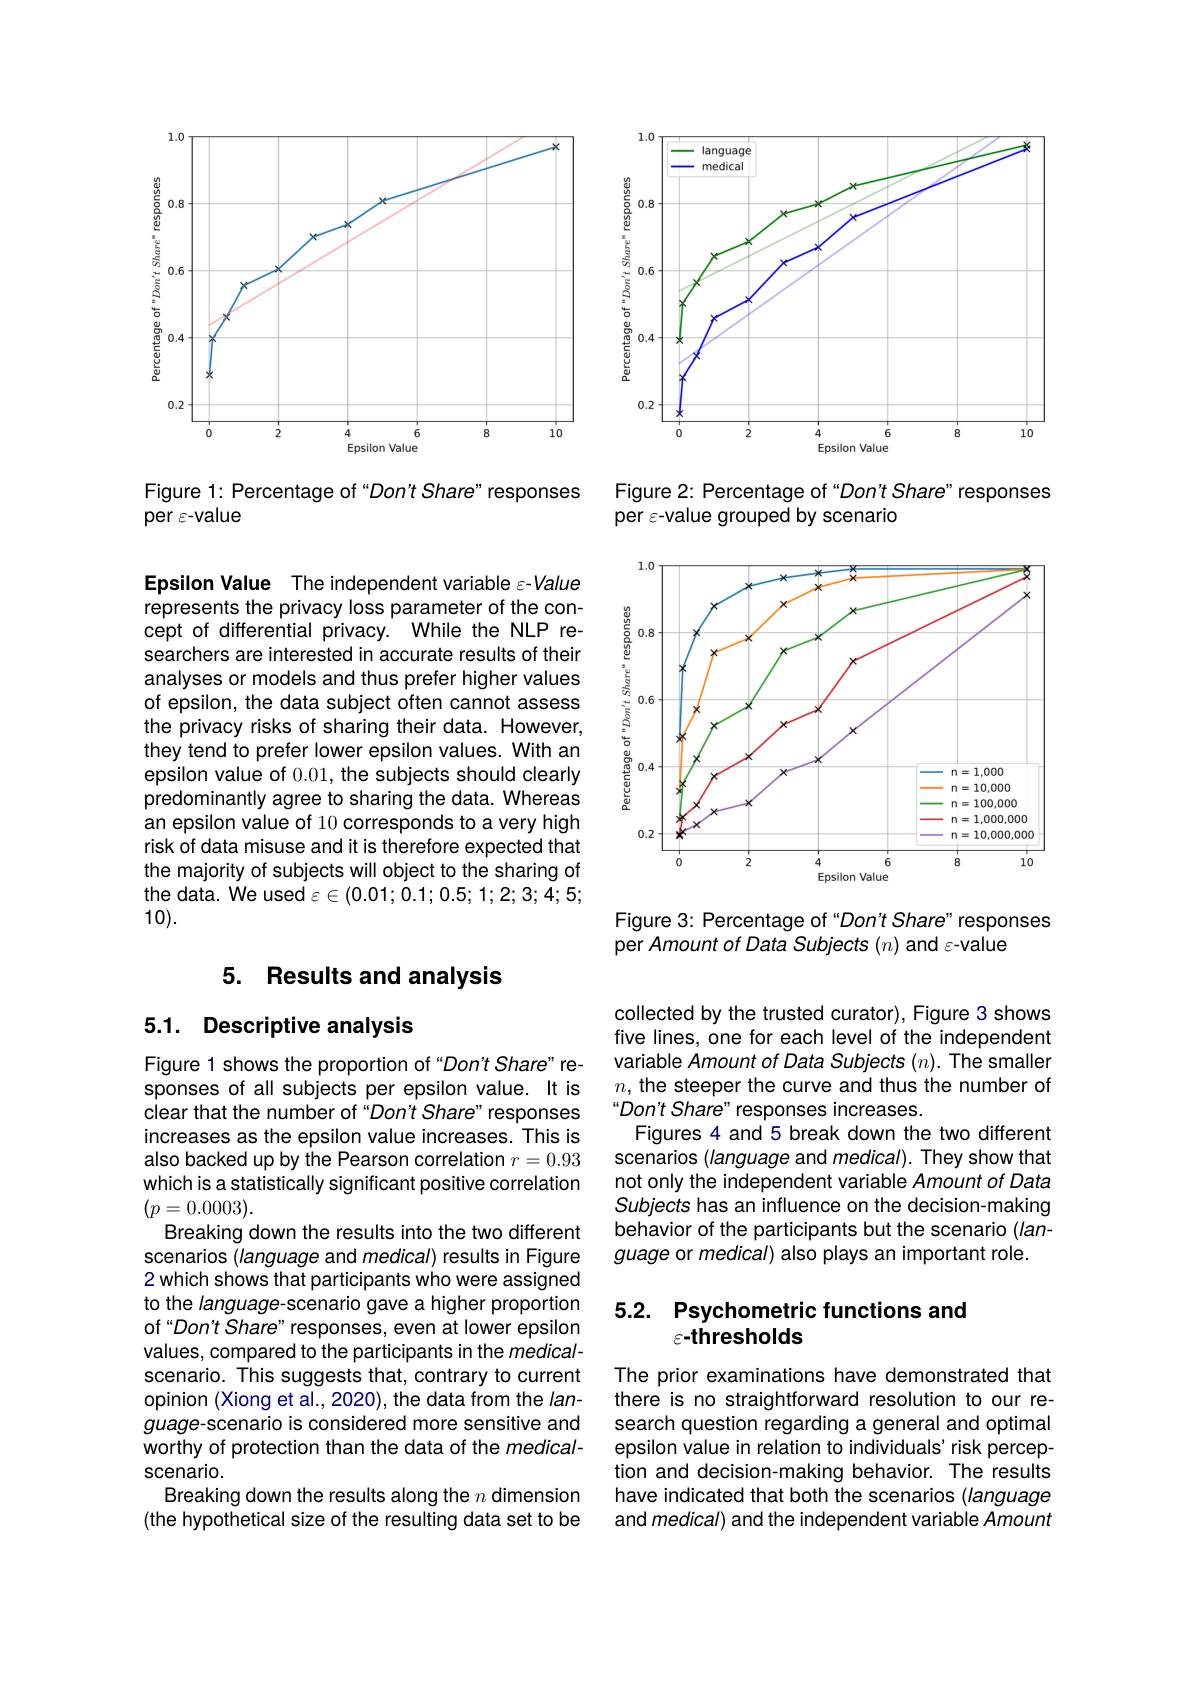
<FigureHere>

Figure 1: Percentage of "Don't Share" responses
per $\varepsilon$-value

Epsilon Value The independent variable ε-Value represents the privacy loss parameter of the concept of differential privacy. While the NLP researchers are interested in accurate results of their analyses or models and thus prefer higher values of epsilon, the data subject often cannot assess the privacy risks of sharing their data. However, they tend to prefer lower epsilon values. With an epsilon value of 0.01, the subjects should clearly predominantly agree to sharing the data. Whereas an epsilon value of 10 corresponds to a very high risk of data misuse and it is therefore expected that the majority of subjects will object to the sharing of the data. We used $\varepsilon\in(0.01;0.1;0.5;1;2;3;4;5;$ 10).

## 5. Results and analysis

## 5.1. Descriptive analysis

Figure 1 shows the proportion of “Don't Share" responses of all subjects per epsilon value. It is clear that the number of "Don't Share" responses increases as the epsilon value increases. This is also backed up by the Pearson correlation $r=0.93$ which is a statistically significant positive correlation $(p=0.0003).$
Breaking down the results into the two different scenarios (language and medical) results in Figure 2 which shows that participants who were assigned to the language-scenario gave a higher proportion of“Don't Share” responses, even at lower epsilon values, compared to the participants in the medicalscenario. This suggests that, contrary to current opinion (Xiong et al., 2020), the data from the language-scenario is considered more sensitive and worthy of protection than the data of the medicalscenario.
Breaking down the results along the $n$ dimension (the hypothetical size of the resulting data set to be

<FigureHere>

Figure 2: Percentage of "Don't Share" responses
per $\varepsilon$-value grouped by scenario

<FigureHere>

Figure 3: Percentage of "Don't Share" responses
per Amount of Data Subjects (n) and ε-value

collected by the trusted curator), Figure 3 shows five lines, one for each level of the independent variable Amount of Data Subjects $(n).$ The smaller $n$, the steeper the curve and thus the number of “Don't Share" responses increases.
Figures 4 and 5 break down the two different scenarios (language and medical). They show that not only the independent variable Amount of Data Subjects has an influence on the decision-making behavior of the participants but the scenario (language or medical) also plays an important role.

## 5.2. Psychometric functions and $\varepsilon{-thresholds}$

The prior examinations have demonstrated that there is no straightforward resolution to our research question regarding a general and optimal epsilon value in relation to individuals' risk perception and decision-making behavior. The results have indicated that both the scenarios (language and medical) and the independent variable Amount